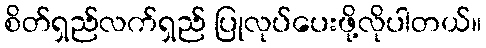
စိတ်ရှည်လက်ရှည် ပြုလုပ်ပေးဖို့လိုပါတယ်။